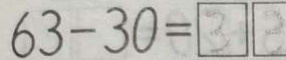
6 3 - 3 0 = \boxed { 3 } \boxed { 3 }